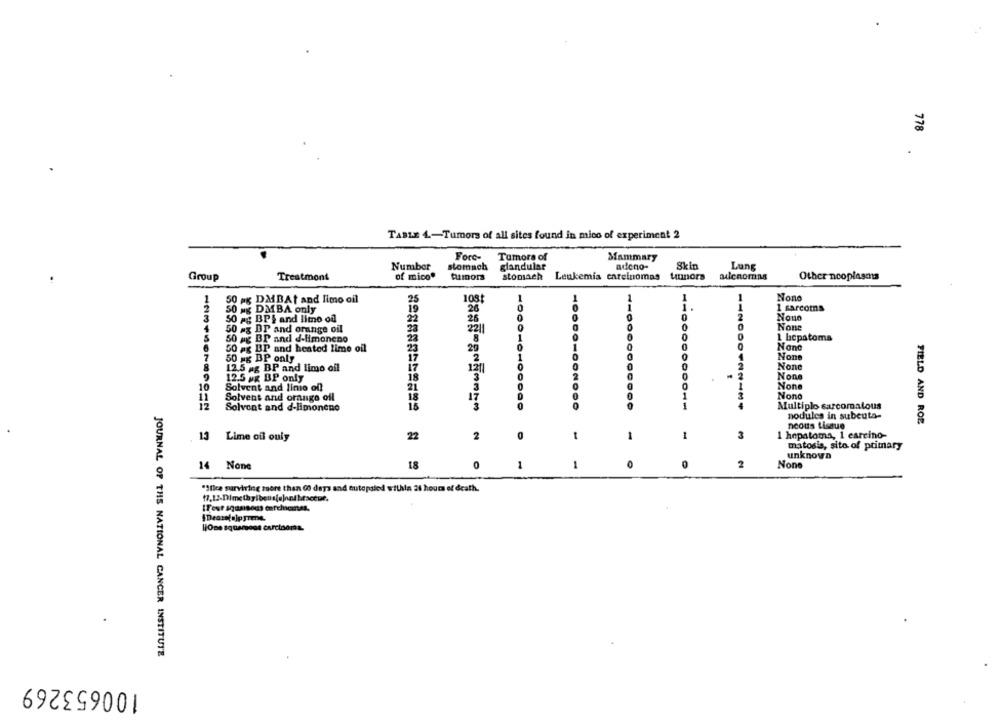
778
TABLE 4-Tumors of all sites found in mico of experiment 2
Forc-
Tumors of
Mammary
Number
stomach
glandular
adeno-
Skin
Lung
of mico*
tumors
stomach
umors
adenomas
Other ncoplasms
Group
Treatmont
Leukemia carcinomas
25
108t
1
Nono
1
50 ag DMIBAt and limo oil
1
2
50 mg DMBA only
19
26
0
1 sarcoma
3
50 ag BPS and limo od
22
25
0
2
Nono
0
50 ag DP and orange oil
23
5
50 ag BP and d-limoneno
23
8
0
1 bcpatoms
6
50 ag BP and heated lime oil
0
29
1
7
50 xg BP only
2
8
12.5 ag BP and limo oil
1211
0
2
0
2
12.5 ag BP only
10
Solvent and linie off
0
Solvent and orange ofl
17
D
1
1
Multiplo sarcomatous
Solvent and d-limoneno
nodules in subcuta-
FIELD AND ROE
neous tissue
1
3
1 hepatoma, 1 carcino-
13
Lime ofl ouly
22
2
0
-
1
matosis, sito of primary
unknown
18
0
1
1
0
2
14 None
"Ifice surviving more than 60 days and autopsied within 24 hours of death.
HODe squamous carcinoma.
JOURNAL OF THE NATIONAL CANCER INSTITUTE
100653269